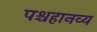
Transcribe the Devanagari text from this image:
पश्चहानव्य